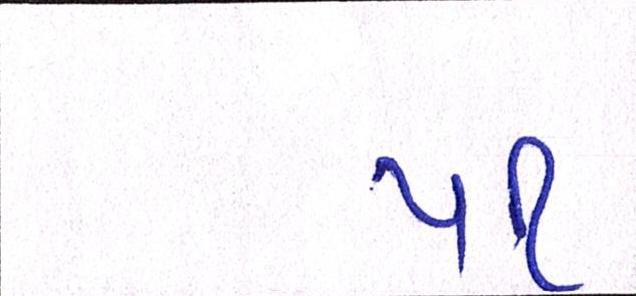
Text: ૫૧